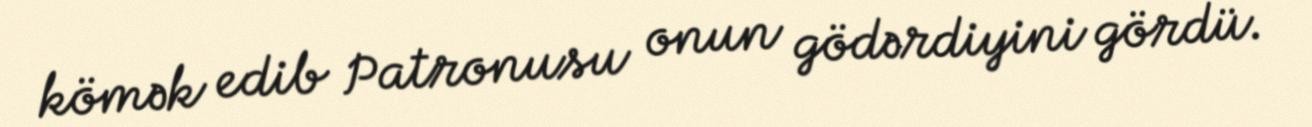
kömək edib Patronusu onun gödərdiyini gördü.